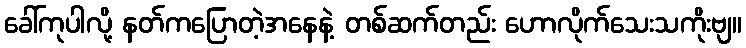
ခေါ်ကုပါလို့ နတ်ကပြောတဲ့အနေနဲ့ တစ်ဆက်တည်း ဟောလိုက်သေးသကိုးဗျ။